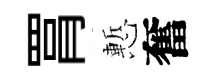
罥慙奮